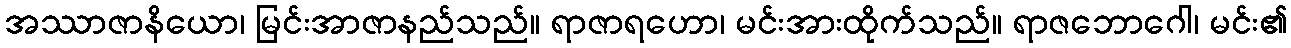
အဿာဇာနိယော၊ မြင်းအာဇာနည်သည်။ ရာဇာရဟော၊ မင်းအားထိုက်သည်။ ရာဇဘောဂေါ၊ မင်း၏